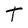
Character: T